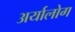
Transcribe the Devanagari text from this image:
अर्यालोग